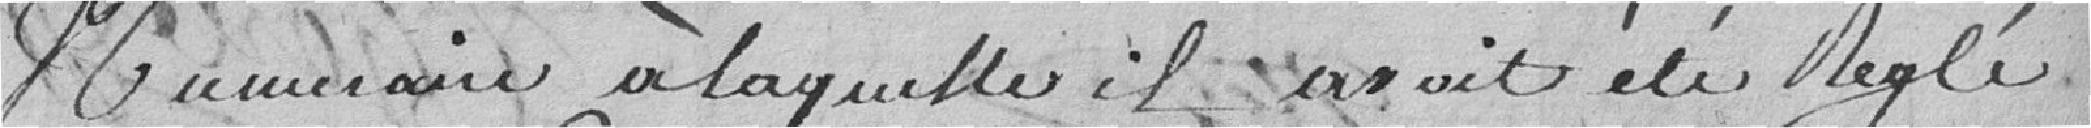
mémoire à laquelle il avait été réglé